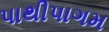
પાથીપાગમ